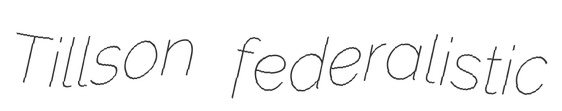
Tillson federalistic